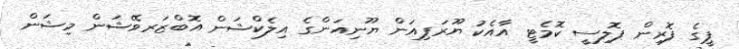
ޕީގެ ފޮރިން ޕޮލިސީ ކޮމެޓީ އާއެކު ޔޫރަޕިއަން ޔޫނިއަންގެ އިލެކްޝަން އޮބްޒަރވޭޝަން މިޝަން